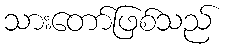
သားတော်ဖြစ်သည်